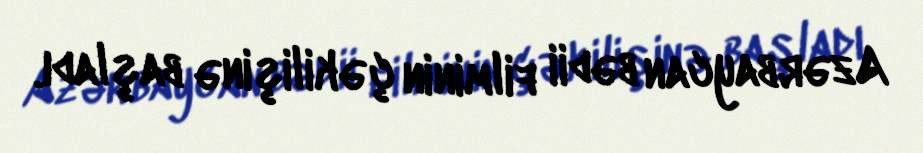
Azərbaycan bədii filminin çəkilişinə başladı.